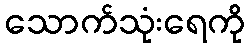
သောက်သုံးရေကို